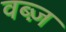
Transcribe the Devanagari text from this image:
वब्ज़